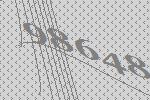
98648